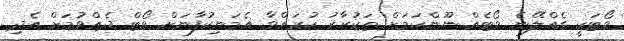
ވޯޓަކީ ގެއްލޭނެ ވޯޓެއް ނޫންކަމަށް ތަކުރާރު ކުރައްވާ އެމަނިކުފާނަށް ވޯޓް ދެއްވުމަށް އެދި